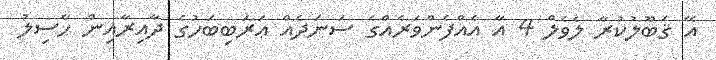
އޭ ޤަބޫލުކުރާ ލެވެލް 4 އާ އެއްފެންވަރެއްގެ ސަނަދެއް ޢަރަބިބަހުގެ ދާއިރާއިން ހާސިލު